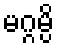
မဂ္ဂမ္ပိ